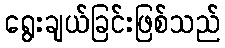
ရွေးချယ်ခြင်းဖြစ်သည်